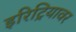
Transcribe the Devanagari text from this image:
इरिट्रियावर